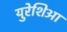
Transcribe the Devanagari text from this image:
युरेशिआ